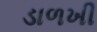
ડાળખી